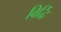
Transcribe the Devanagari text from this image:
विर्द्धि